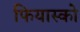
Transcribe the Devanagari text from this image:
फियास्को